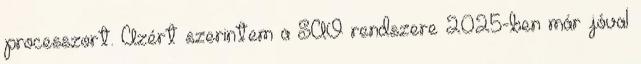
processzort. Azért szerintem a SAO rendszere 2025-ben már jóval